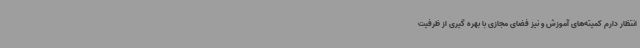
انتظار دارم کمیته‌های آموزش و نیز فضای مجازی با بهره گیری از ظرفیت